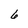
Character: 6